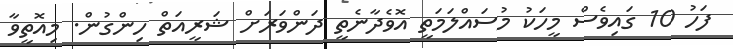
ފަހު 10 ގައިވެސް މީހަކު މުސައްލަމަތީ އޮވެދާނެތީ ދަންވަރަށް ޝަރީއަތް ހިންގުން. މިއޮތީވާ